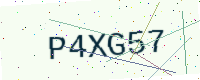
Text: P4XG57